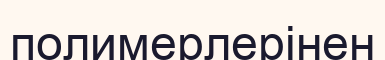
полимерлерінен